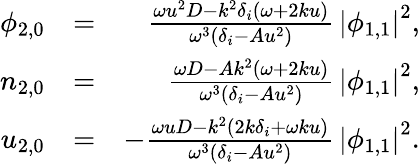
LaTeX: \begin{array}{rlr}{\phi_{2,0}}&{=}&{\frac{\omega u^{2}D-k^{2}\delta_{i}(\omega+2ku)}{\omega^{3}(\delta_{i}-Au^{2})}\, \left|\phi_{1,1}\right|^{2},}\\ {n_{2,0}}&{=}&{\frac{\omega D-Ak^{2}(\omega+2ku)}{\omega^{3}(\delta_{i}-Au^{2})}\, \left|\phi_{1,1}\right|^{2},}\\ {u_{2,0}}&{=}&{-\frac{\omega uD-k^{2}(2k\delta_{i}+\omega ku)}{\omega^{3}(\delta_{i}-Au^{2})}\, \left|\phi_{1,1}\right|^{2}.}\end{array}